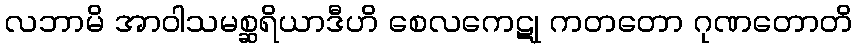
လဘာမိ အာဝါသမစ္ဆရိယာဒီဟိ စေလကေဋု ကတတော ဂုဏတောတိ